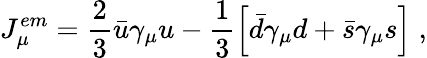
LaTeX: J_{\mu}^{em}=\frac{2}{3}\bar{u}\gamma_{\mu}u-\frac{1}{3}\left[\bar{d}\gamma_{\mu}d+\bar{s}\gamma_{\mu}s\right]\; ,